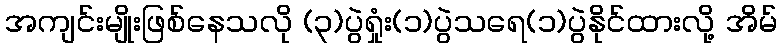
အကျင်းမျိုးဖြစ်နေသလို (၃)ပွဲရှုံး(၁)ပွဲသရေ(၁)ပွဲနိုင်ထားလို့ အိမ်